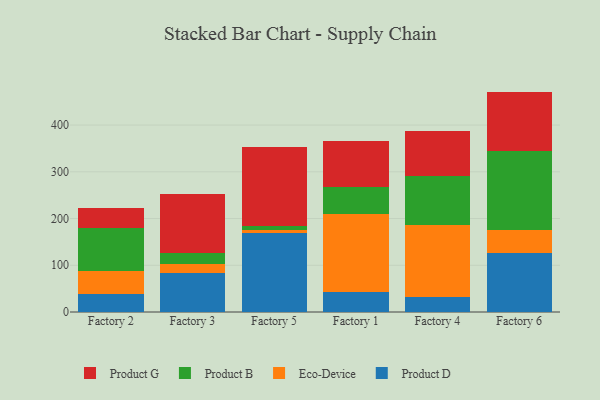
{"axis": {"x": "Factory", "y": "Temperature (°C)"}, "legend": ["Eco-Device", "Product B", "Product D", "Product G"], "data": [{"x": "Factory 2", "y": 38.5, "type": "Product D"}, {"x": "Factory 2", "y": 49.5, "type": "Eco-Device"}, {"x": "Factory 2", "y": 90.8, "type": "Product B"}, {"x": "Factory 2", "y": 44.4, "type": "Product G"}, {"x": "Factory 3", "y": 82.7, "type": "Product D"}, {"x": "Factory 3", "y": 19.5, "type": "Eco-Device"}, {"x": "Factory 3", "y": 23.6, "type": "Product B"}, {"x": "Factory 3", "y": 127.5, "type": "Product G"}, {"x": "Factory 5", "y": 169.6, "type": "Product D"}, {"x": "Factory 5", "y": 6.2, "type": "Eco-Device"}, {"x": "Factory 5", "y": 8.2, "type": "Product B"}, {"x": "Factory 5", "y": 169.9, "type": "Product G"}, {"x": "Factory 1", "y": 43.4, "type": "Product D"}, {"x": "Factory 1", "y": 167.0, "type": "Eco-Device"}, {"x": "Factory 1", "y": 56.5, "type": "Product B"}, {"x": "Factory 1", "y": 99.0, "type": "Product G"}, {"x": "Factory 4", "y": 32.2, "type": "Product D"}, {"x": "Factory 4", "y": 153.0, "type": "Eco-Device"}, {"x": "Factory 4", "y": 105.3, "type": "Product B"}, {"x": "Factory 4", "y": 96.2, "type": "Product G"}, {"x": "Factory 6", "y": 127.0, "type": "Product D"}, {"x": "Factory 6", "y": 49.5, "type": "Eco-Device"}, {"x": "Factory 6", "y": 167.6, "type": "Product B"}, {"x": "Factory 6", "y": 127.5, "type": "Product G"}]}